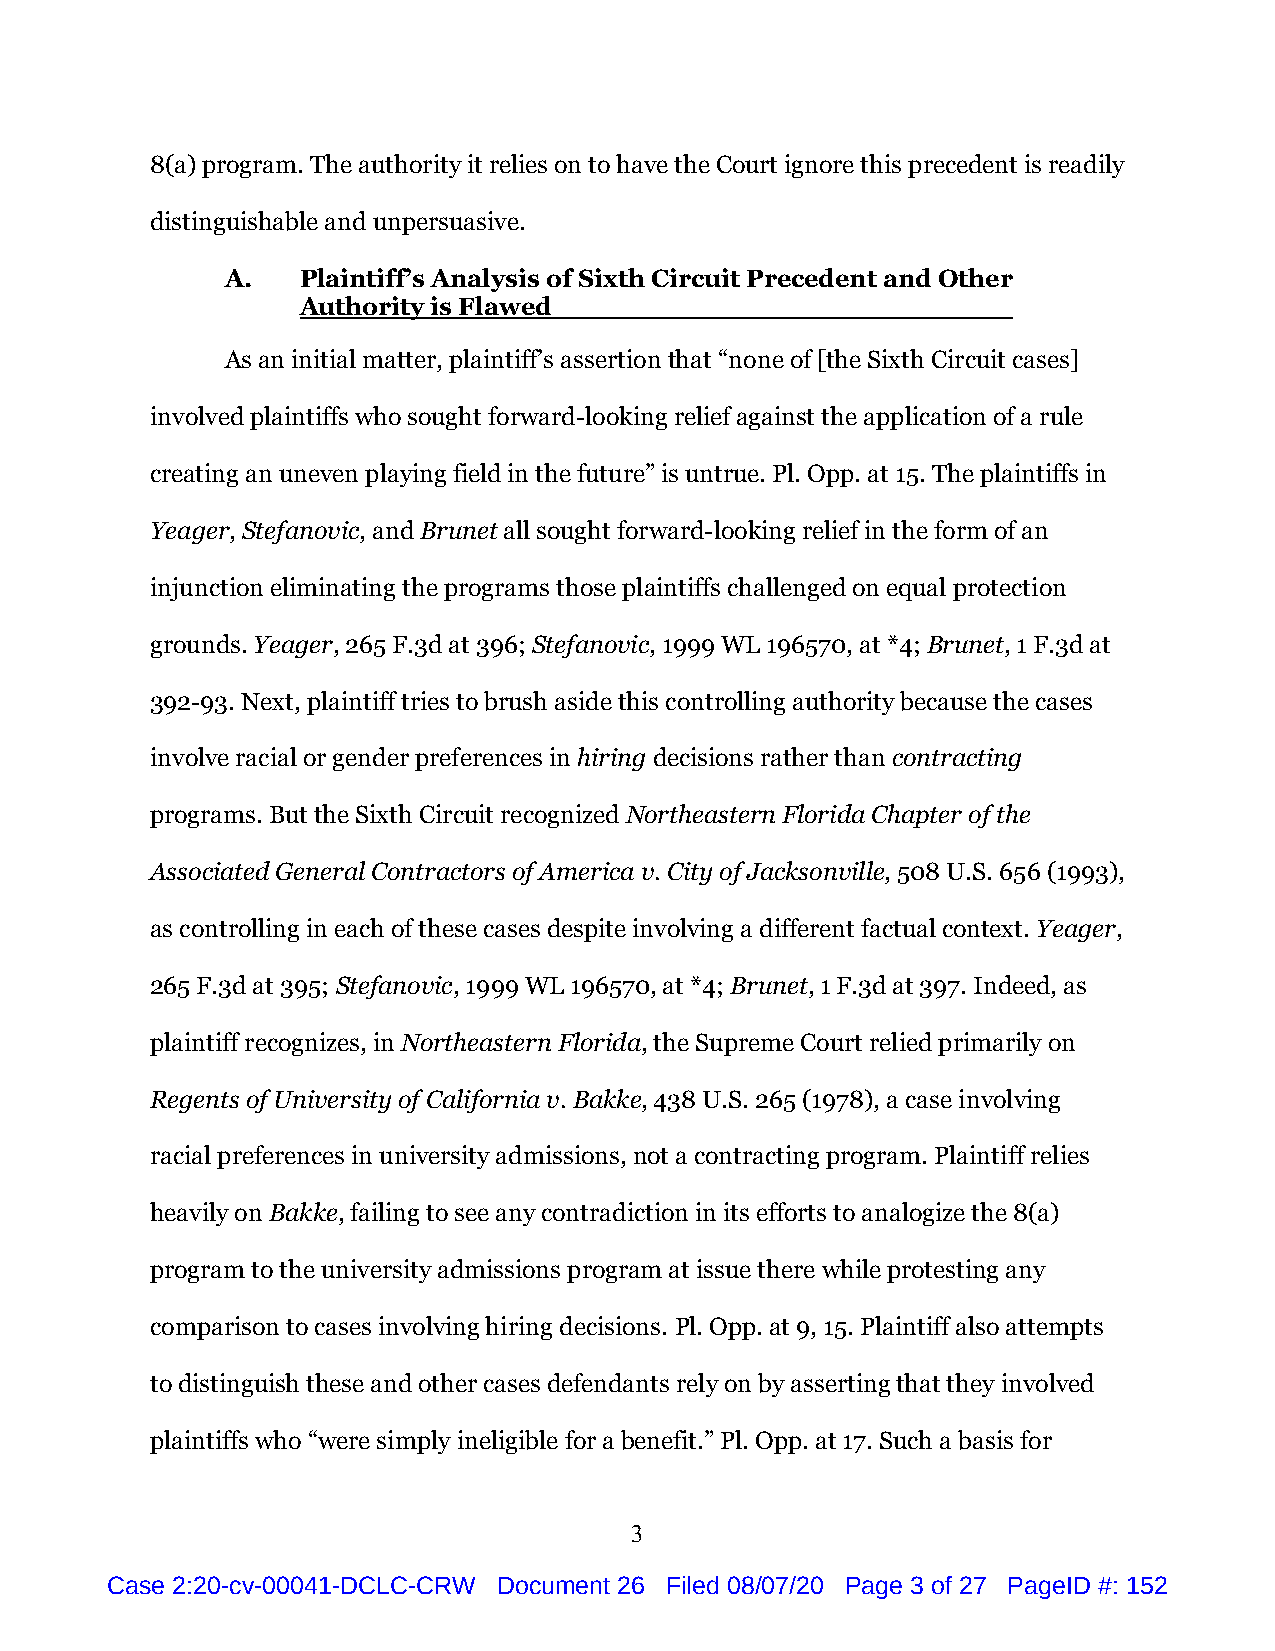
8(a) program. The authority it relies on to have the Court ignore this precedent is readily
 distinguishable and unpersuasive.
 A.   Plaintiff’s Analysis of Sixth Circuit Precedent and Other
 Authority is Flawed
 As an initial matter, plaintiff’s assertion that “none of [the Sixth Circuit cases]
 involved plaintiffs who sought forward-looking relief against the application of a rule
 creating an uneven playing field in the future” is untrue. Pl. Opp. at 15. The plaintiffs in
 Yeager, Stefanovic, and Brunet all sought forward-looking relief in the form of an
 injunction eliminating the programs those plaintiffs challenged on equal protection
 grounds. Yeager, 265 F.3d at 396; Stefanovic, 1999 WL 196570, at *4; Brunet, 1 F.3d at
 392-93. Next, plaintiff tries to brush aside this controlling authority because the cases
 involve racial or gender preferences in hiring decisions rather than contracting
 programs. But the Sixth Circuit recognized Northeastern Florida Chapter of the
 Associated General Contractors of America v. City of Jacksonville, 508 U.S. 656 (1993),
 as controlling in each of these cases despite involving a different factual context. Yeager,
 265 F.3d at 395; Stefanovic, 1999 WL 196570, at *4; Brunet, 1 F.3d at 397. Indeed, as
 plaintiff recognizes, in Northeastern Florida, the Supreme Court relied primarily on
 Regents of University of California v. Bakke, 438 U.S. 265 (1978), a case involving
 racial preferences in university admissions, not a contracting program. Plaintiff relies
 heavily on Bakke, failing to see any contradiction in its efforts to analogize the 8(a)
 program to the university admissions program at issue there while protesting any
 comparison to cases involving hiring decisions. Pl. Opp. at 9, 15. Plaintiff also attempts
 to distinguish these and other cases defendants rely on by asserting that they involved
 plaintiffs who “were simply ineligible for a benefit.” Pl. Opp. at 17. Such a basis for
 3
 Case 2:20-cv-00041-DCLC-CRW Document 26 Filed 08/07/20 Page 3 of 27 PageID #: 152